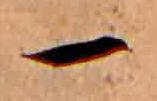
一